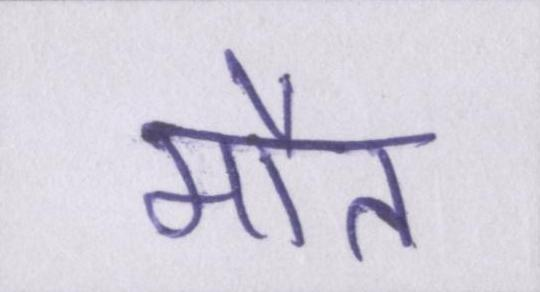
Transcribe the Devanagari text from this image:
मौत